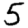
Digit: 5